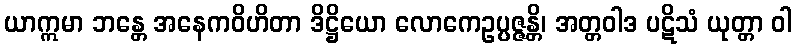
ယာဣမာ ဘန္တေ အနေကဝိဟိတာ ဒိဋ္ဌိယော လောကေဥပ္ပဇ္ဇန္တိ၊ အတ္တဝါဒ ပဋိသံ ယုတ္တာ ဝါ